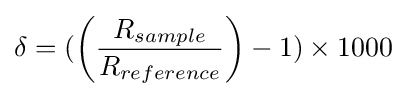
\delta =(\left({\frac {R_{sample}}{R_{reference}}}\right)-1)\times 1000